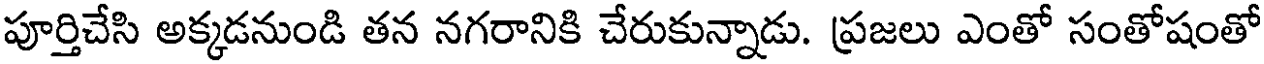
పూర్తిచేసి అక్కడనుండి తన నగరానికి చేరుకున్నాడు. ప్రజలు ఎంతో సంతోషంతో